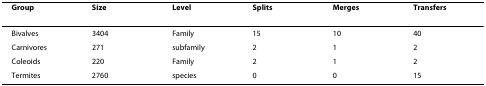
<table><thead><tr><td><b>Group</b></td><td><b>Size</b></td><td><b>Level</b></td><td><b>Splits</b></td><td><b>Merges</b></td><td><b>Transfers</b></td></tr></thead><tbody><tr><td>Bivalves</td><td>3404</td><td>Family</td><td>15</td><td>10</td><td>40</td></tr><tr><td>Carnivores</td><td>271</td><td>subfamily</td><td>2</td><td>1</td><td>2</td></tr><tr><td>Coleoids</td><td>220</td><td>Family</td><td>2</td><td>1</td><td>2</td></tr><tr><td>Termites</td><td>2760</td><td>species</td><td>0</td><td>0</td><td>15</td></tr></tbody></table>